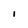
Character: i